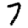
Digit: 7